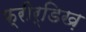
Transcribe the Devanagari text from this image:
फ्रीर्डिख़